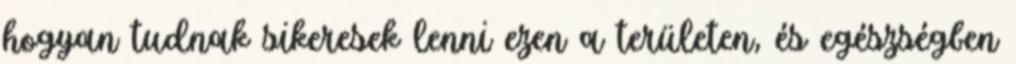
hogyan tudnak sikeresek lenni ezen a területen, és egészségben